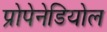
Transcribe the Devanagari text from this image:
प्रोपेनेडियोल